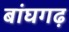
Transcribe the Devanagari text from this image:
बांघगढ़